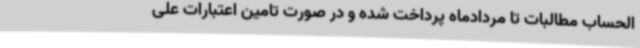
الحساب مطالبات تا مردادماه پرداخت شده و در صورت تامین اعتبارات علی